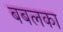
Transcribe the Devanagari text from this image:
बबलका